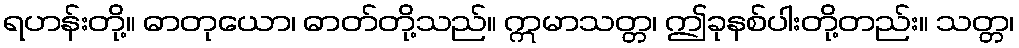
ရဟန်းတို့။ ဓာတုယော၊ ဓာတ်တို့သည်။ ဣမာသတ္တ၊ ဤခုနစ်ပါးတို့တည်း။ သတ္တ၊